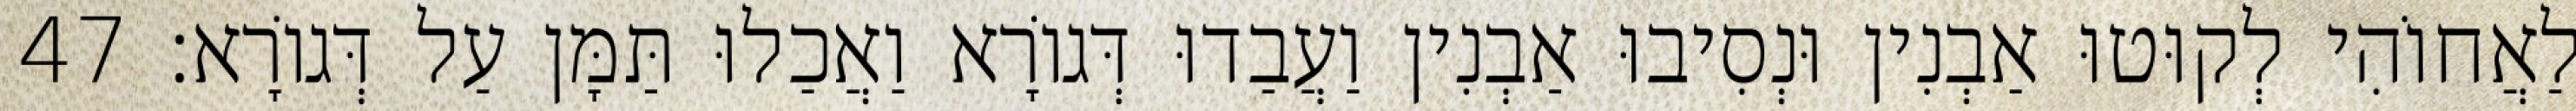
לַאֲחוֹהִי לְקוּטוּ אַבְנִין וּנְסִיבוּ אַבְנִין וַעֲבַדוּ דְּגוֹרָא וַאֲכַלוּ תַּמָּן עַל דְּגוֹרָא׃ 47